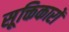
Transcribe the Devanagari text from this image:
सूक्तिकारों